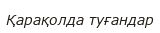
Қарақолда туғандар